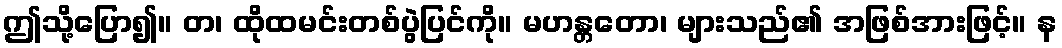
ဤသို့ပြော၍။ တ၊ ထိုထမင်းတစ်ပွဲပြင်ကို။ မဟန္တတော၊ များသည်၏ အဖြစ်အားဖြင့်။ န